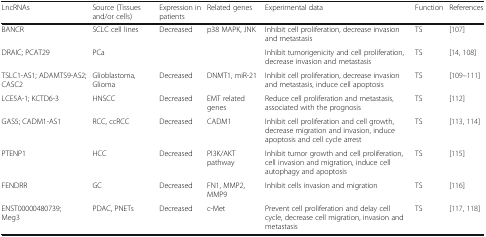
<table><thead><tr><td><b>LncRNAs</b></td><td><b>Source (Tissues and/or cells)</b></td><td><b>Expression in patients</b></td><td><b>Related genes</b></td><td><b>Experimental data</b></td><td><b>Function</b></td><td><b>References</b></td></tr></thead><tbody><tr><td>BANCR</td><td>SCLC cell lines</td><td>Decreased</td><td>p38 MAPK, JNK</td><td>Inhibit cell proliferation, decrease invasion and metastasis</td><td>TS</td><td>[107]</td></tr><tr><td>DRAIC; PCAT29</td><td>PCa</td><td></td><td></td><td>Inhibit tumorigenicity and cell proliferation, decrease invasion and metastasis</td><td>TS</td><td>[14, 108]</td></tr><tr><td>TSLC1-AS1; ADAMTS9-AS2; CASC2</td><td>Glioblastoma, Glioma</td><td>Decreased</td><td>DNMT1, miR-21</td><td>Inhibit cell proliferation, decrease invasion and metastasis, induce cell apoptosis</td><td>TS</td><td>[109–111]</td></tr><tr><td>LCE5A-1; KCTD6-3</td><td>HNSCC</td><td>Decreased</td><td>EMT related genes</td><td>Reduce cell proliferation and metastasis, associated with the prognosis</td><td>TS</td><td>[112]</td></tr><tr><td>GAS5; CADM1-AS1</td><td>RCC, ccRCC</td><td>Decreased</td><td>CADM1</td><td>Inhibit cell proliferation and cell growth, decrease migration and invasion, induce apoptosis and cell cycle arrest</td><td>TS</td><td>[113, 114]</td></tr><tr><td>PTENP1</td><td>HCC</td><td>Decreased</td><td>PI3K/AKT pathway</td><td>Inhibit tumor growth and cell proliferation, cell invasion and migration, induce cell autophagy and apoptosis</td><td>TS</td><td>[115]</td></tr><tr><td>FENDRR</td><td>GC</td><td>Decreased</td><td>FN1, MMP2, MMP9</td><td>Inhibit cells invasion and migration</td><td>TS</td><td>[116]</td></tr><tr><td>ENST00000480739; Meg3</td><td>PDAC, PNETs</td><td>Decreased</td><td>c-Met</td><td>Prevent cell proliferation and delay cell cycle, decrease cell migration, invasion and metastasis</td><td>TS</td><td>[117, 118]</td></tr></tbody></table>